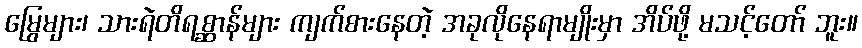
မြွေများ၊ သားရဲတိရစ္ဆာန်များ ကျက်စားနေတဲ့ အခုလိုနေရာမျိုးမှာ အိပ်ဖို့ မသင့်တော် ဘူး။